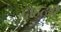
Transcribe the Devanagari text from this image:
दाहत्थी